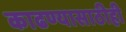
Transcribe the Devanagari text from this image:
काढण्यासाठीही